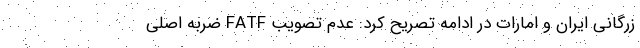
زرگانی ایران و امارات در ادامه تصریح کرد: عدم تصویب FATF ضربه اصلی